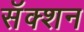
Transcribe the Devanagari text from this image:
सॅक्शन